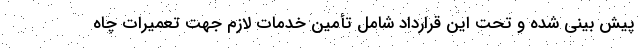
پیش بینی شده و تحت این قرارداد شامل تأمین خدمات لازم جهت تعمیرات چاه